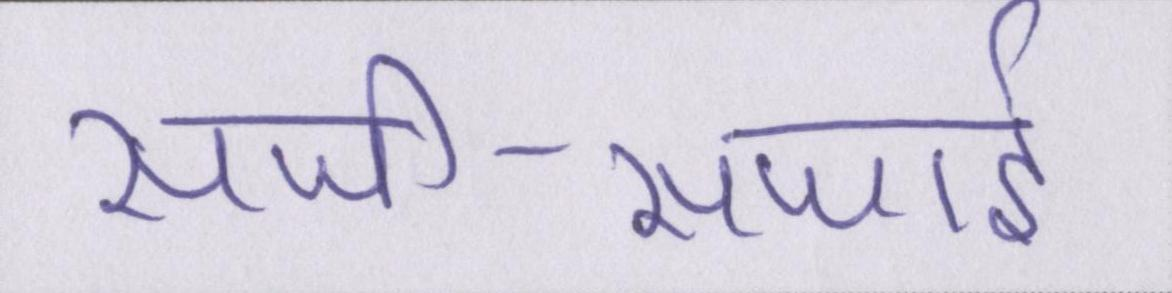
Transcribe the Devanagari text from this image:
सजी-सजाई